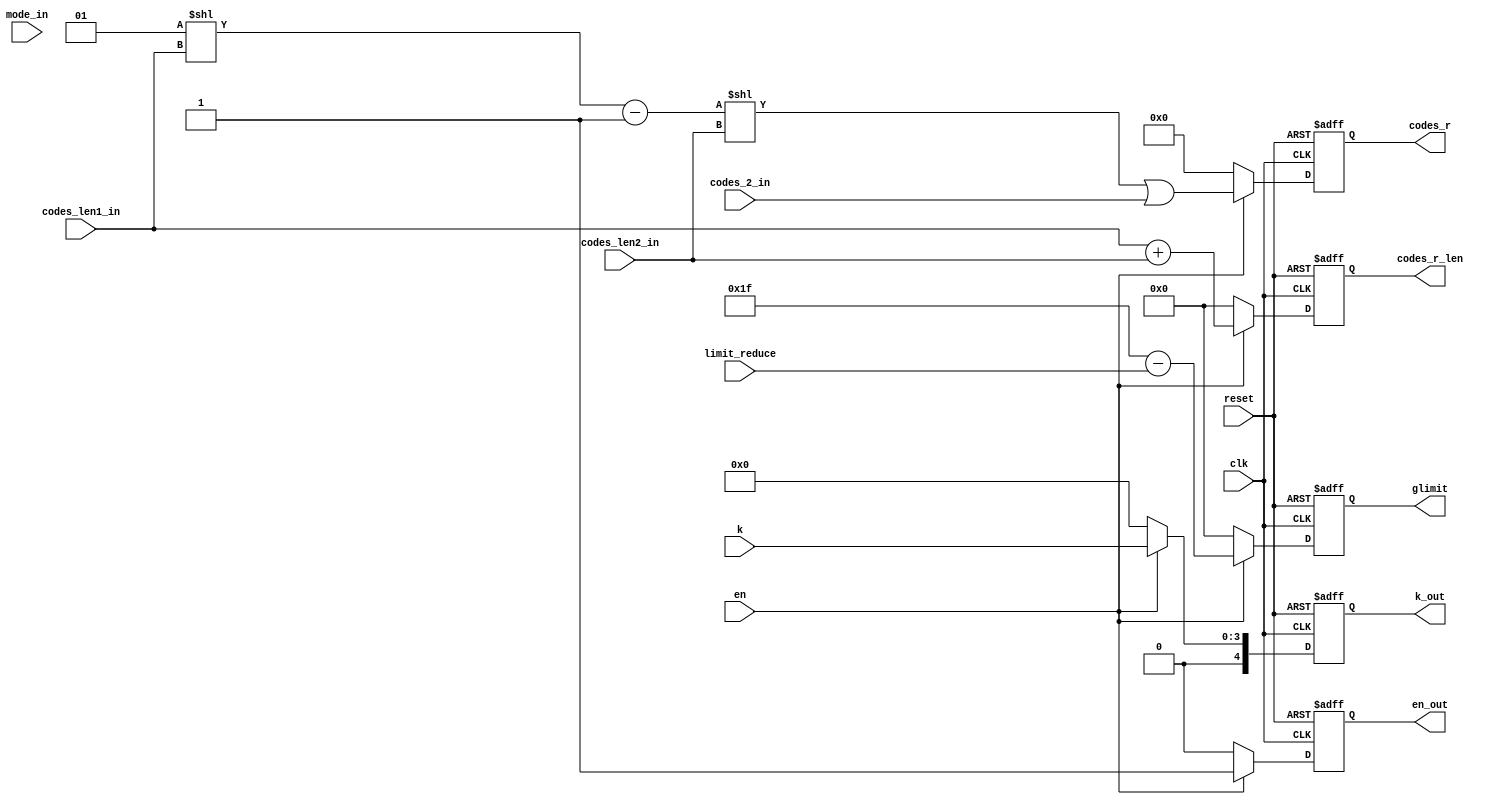
module runcnt_tmp(clk,en,reset,
                 k,
                 limit_reduce,
					  codes_len1_in,
					  codes_2_in,
					  codes_len2_in,
					  mode_in,
                 k_out,
                 glimit,
					  codes_r,
					  codes_r_len,
					  en_out 
						);

input         clk,en,reset;
input [3:0]   k;
input [3:0]   limit_reduce;
input [5:0]   codes_len1_in;
input [10:0]  codes_2_in;
input [3:0]   codes_len2_in;
input [1:0]   mode_in;
					  
output [4:0]  k_out;
output [5:0]  glimit;
output [31:0]  codes_r;
output [5:0] codes_r_len;

output        en_out;

reg [4:0]  k_out;
reg [5:0]  glimit;
 
reg [31:0] codes_r;
reg [5:0]  codes_r_len;
reg [5:0]  mode_out;
reg        en_out;

wire [31:0] code_temp1,code_tmp1,code_temp2,code_temp3;

assign code_temp1=(1<<codes_len1_in);
assign code_tmp1=code_temp1-1;
assign code_temp2=(code_tmp1<<codes_len2_in);
assign code_temp3=code_temp2|{21'd0,codes_2_in};

always@(posedge clk or negedge reset)
if(!reset)
 begin
   k_out<=0;
   glimit<=0;
	
   codes_r<=0;
   codes_r_len<=0; 
   en_out<=0; 
 end
else if(en)
 begin
   k_out<=k;
   glimit<=31-limit_reduce;
   codes_r<=code_temp3;
   codes_r_len<=codes_len1_in+codes_len2_in;
   en_out<=1; 
 end
else
 begin
   k_out<=0;
   glimit<=0;
   codes_r<=0;
   codes_r_len<=0; 
   en_out<=0; 
 end



endmodule